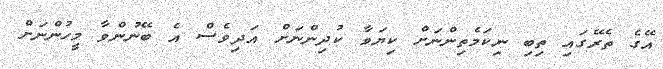
އޭގެ ތެރޭގައި ތިބި ނިކަމެތިންނަށް ކިޔަވާ ކުދިންނަށް އަދިވެސް އެ ބޭނުންވާ މީހުންނަށް